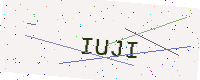
Text: IUJI